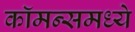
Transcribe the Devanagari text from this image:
कॉमन्समध्ये